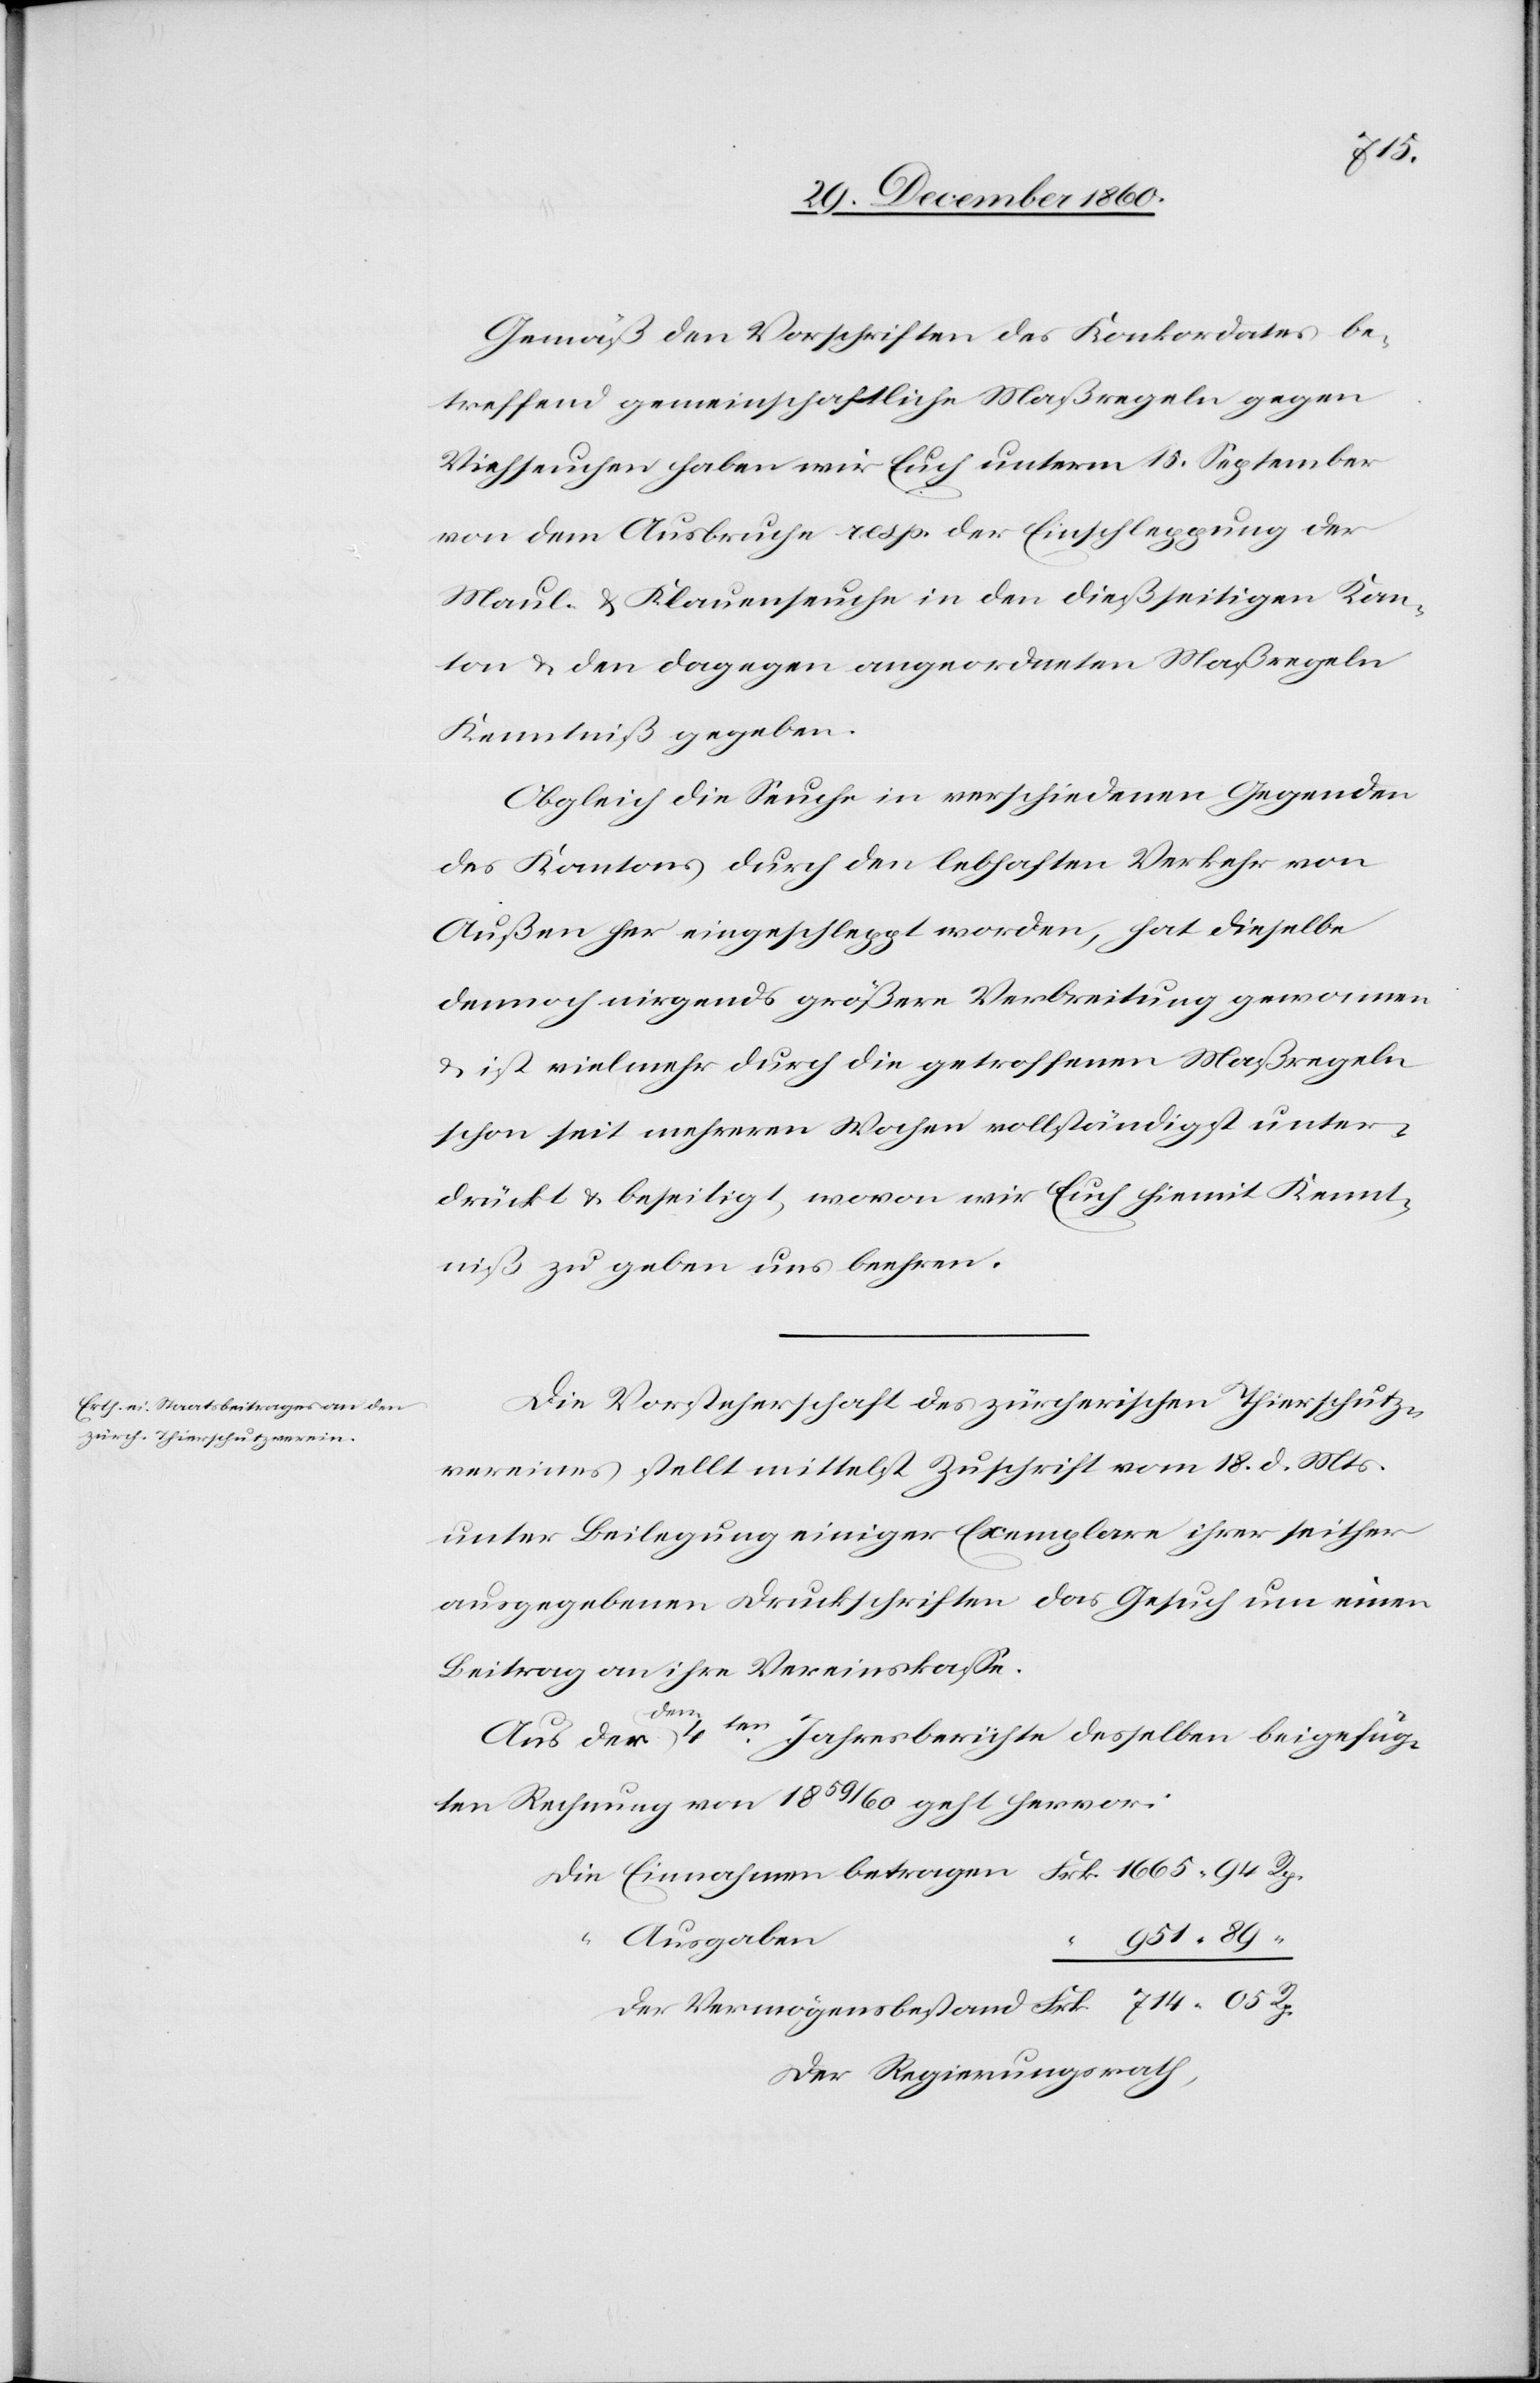
Frk.
Gemäß den Vorschriften des Konkordates be¬
treffend gemeinschaftliche Maßregeln gegen
Viehseuchen haben wir Euch unterm 15. September
von dem Ausbruche resp. der Einschleppung der
Maul- u. Klauenseuche in den dießseitigen Kan¬
ton u. den dagegen angeordneten Maßregeln
Kenntniß gegeben.
Obgleich die Seuche in verschiedenen Gegenden
des Kantons durch den lebhaften Verkehr von
Außen her eingeschleppt worden, hat dieselbe
dennoch nirgends größere Verbreitung gewonnen
u. ist vielmehr durch die getroffenen Maßregeln
schon seit mehreren Wochen vollständigst unter¬
drückt u. beseitigt, wovon wir Euch hiemit Kennt¬
niß zu geben uns beehren.
Die Vorsteherschaft des zürcherischen Thierschutz¬
vereins stellt mittelst Zuschrift vom 18. d. Mts.
unter Beilegung einiger Exemplare ihrer seither
ausgegebenen Druckschriften das Gesuch um einen
Beitrag an ihre Vereinskasse:
Der
Aus der dem 4ten
Jahresberichte desselben beigefüg¬
ten Rechnung von 1859/60 geht hervor:
951
Ausgaben
Einnahmen
Der Regierungsrath,